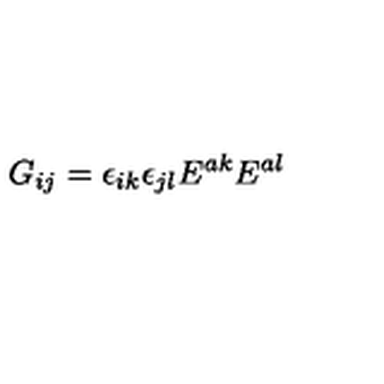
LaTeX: G _ { i j } = \epsilon _ { i k } \epsilon _ { j l } E ^ { a k } E ^ { a l }